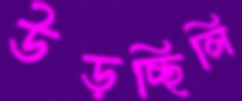
উড়চ্ছিলি